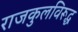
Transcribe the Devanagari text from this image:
राजकुलविरूद्ध